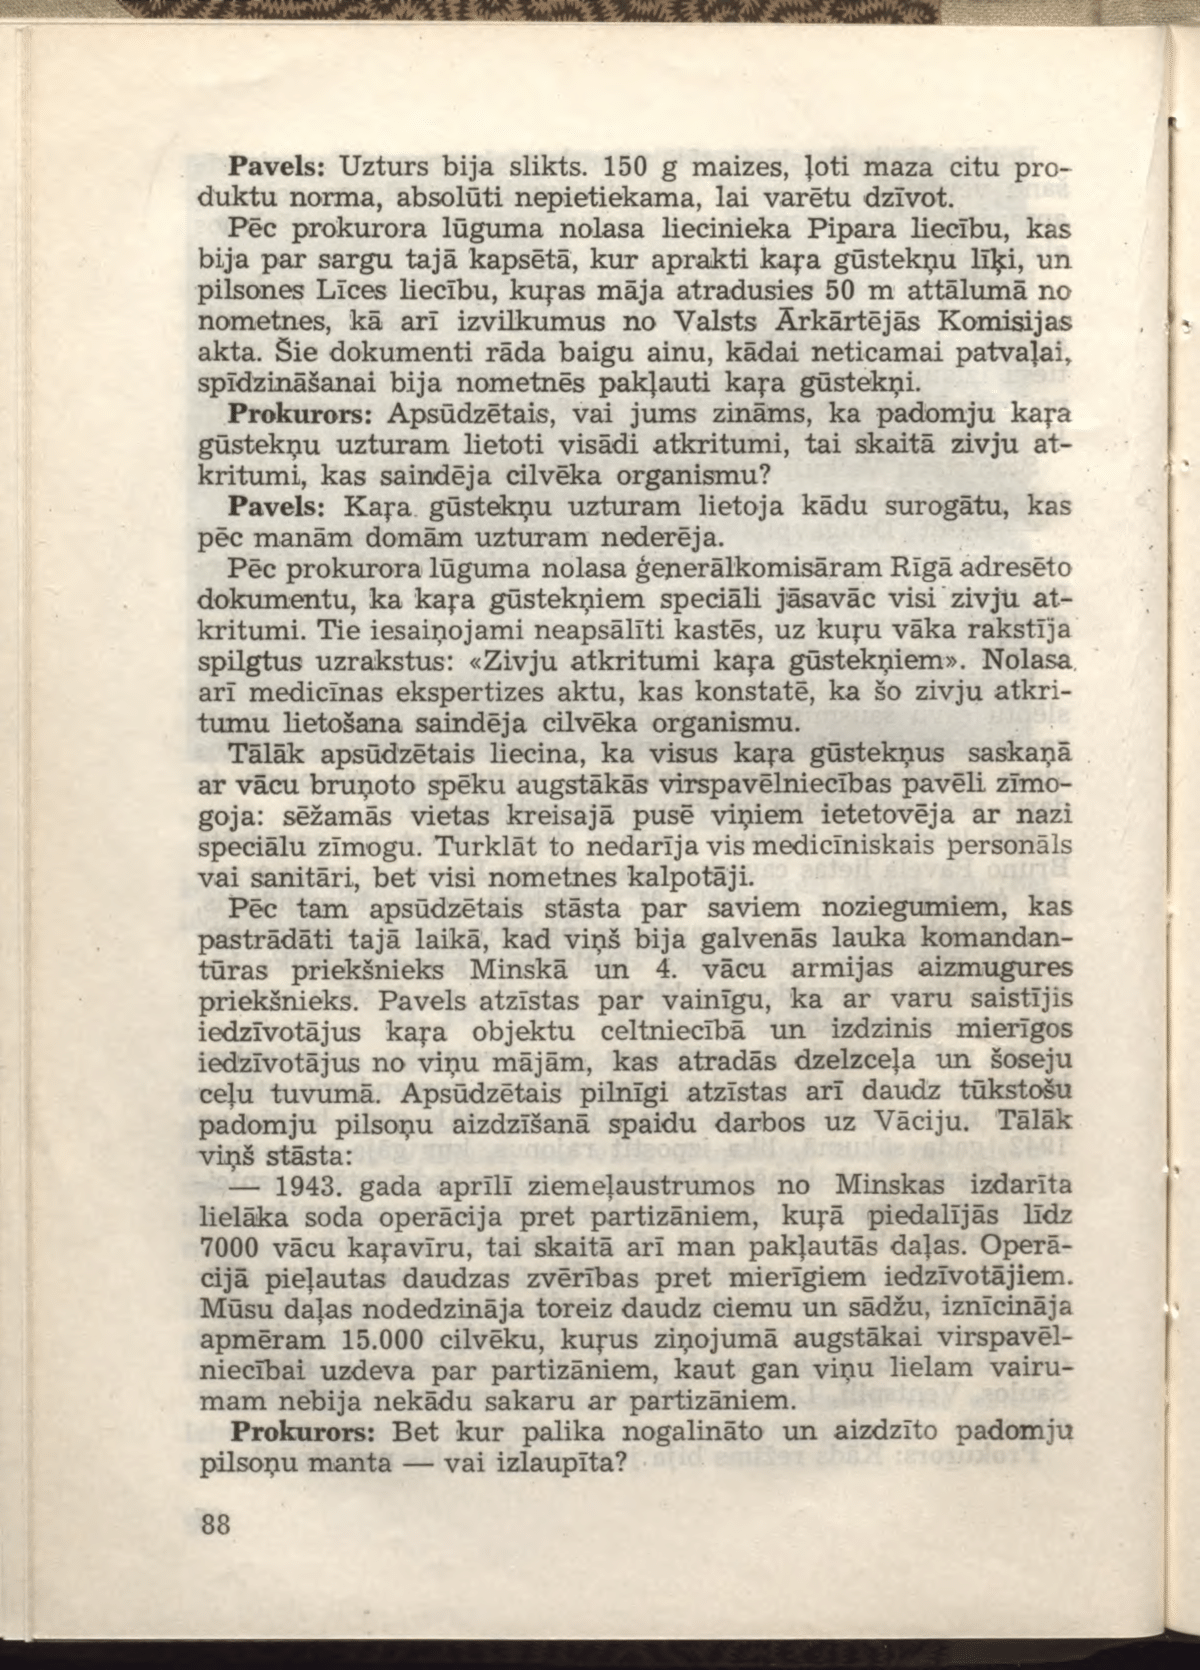
Language: lv